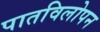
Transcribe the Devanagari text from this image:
पातविलोपन